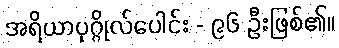
အရိယာပုဂ္ဂိုလ်ပေါင်း - ၉၆ ဦးဖြစ်၏။